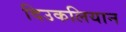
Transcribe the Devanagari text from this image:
दिउकलियान